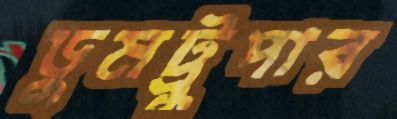
ডুমট্রুপার